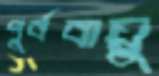
পূর্ববায়ু